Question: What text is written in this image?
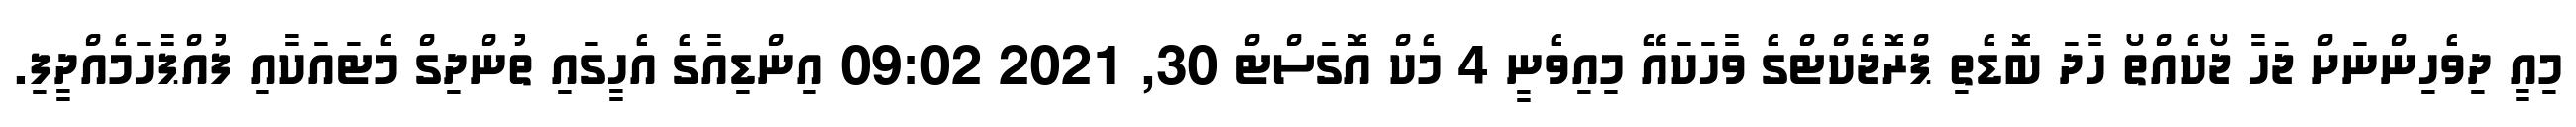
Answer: މިއީ ދިވެހިންނަށް ޖަހާ ޖޯކެއްތޯ ހާދަ ބޮޑެތި ޕްރޮޖެކްޓްގެ ވާހަކައޭ މިއިވެނީ 4 މެކް އޮގަސްޓް 30, 2021 09:02 އިންޑިއާގެ އެހީގައި ތުންދިގް މެޓައަކާއި ފުއްޕާހަމެއްދީފި.